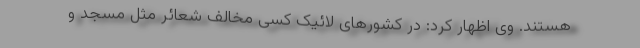
هستند. وی اظهار کرد: در کشورهای لائیک کسی مخالف شعائر مثل مسجد و